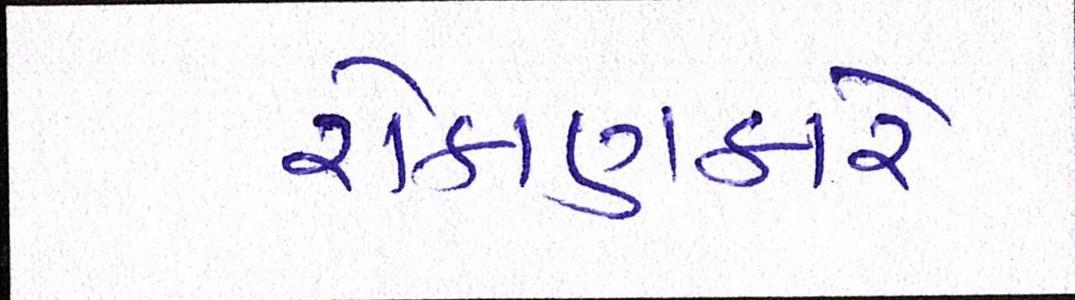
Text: રોકાણકારે